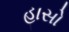
હાસો